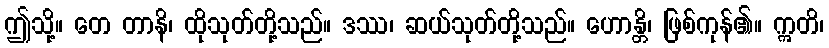
ဤသို့။ တေ တာနိ၊ ထိုသုတ်တို့သည်။ ဒဿ၊ ဆယ်သုတ်တို့သည်။ ဟောန္တိ၊ ဖြစ်ကုန်၏။ ဣတိ၊